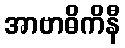
အာဗာဓိကိနီ